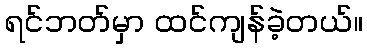
ရင်ဘတ်မှာ ထင်ကျန်ခဲ့တယ်။